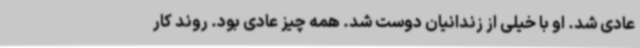
عادی شد. او با خیلی از زندانیان دوست شد. همه چیز عادی بود. روند کار